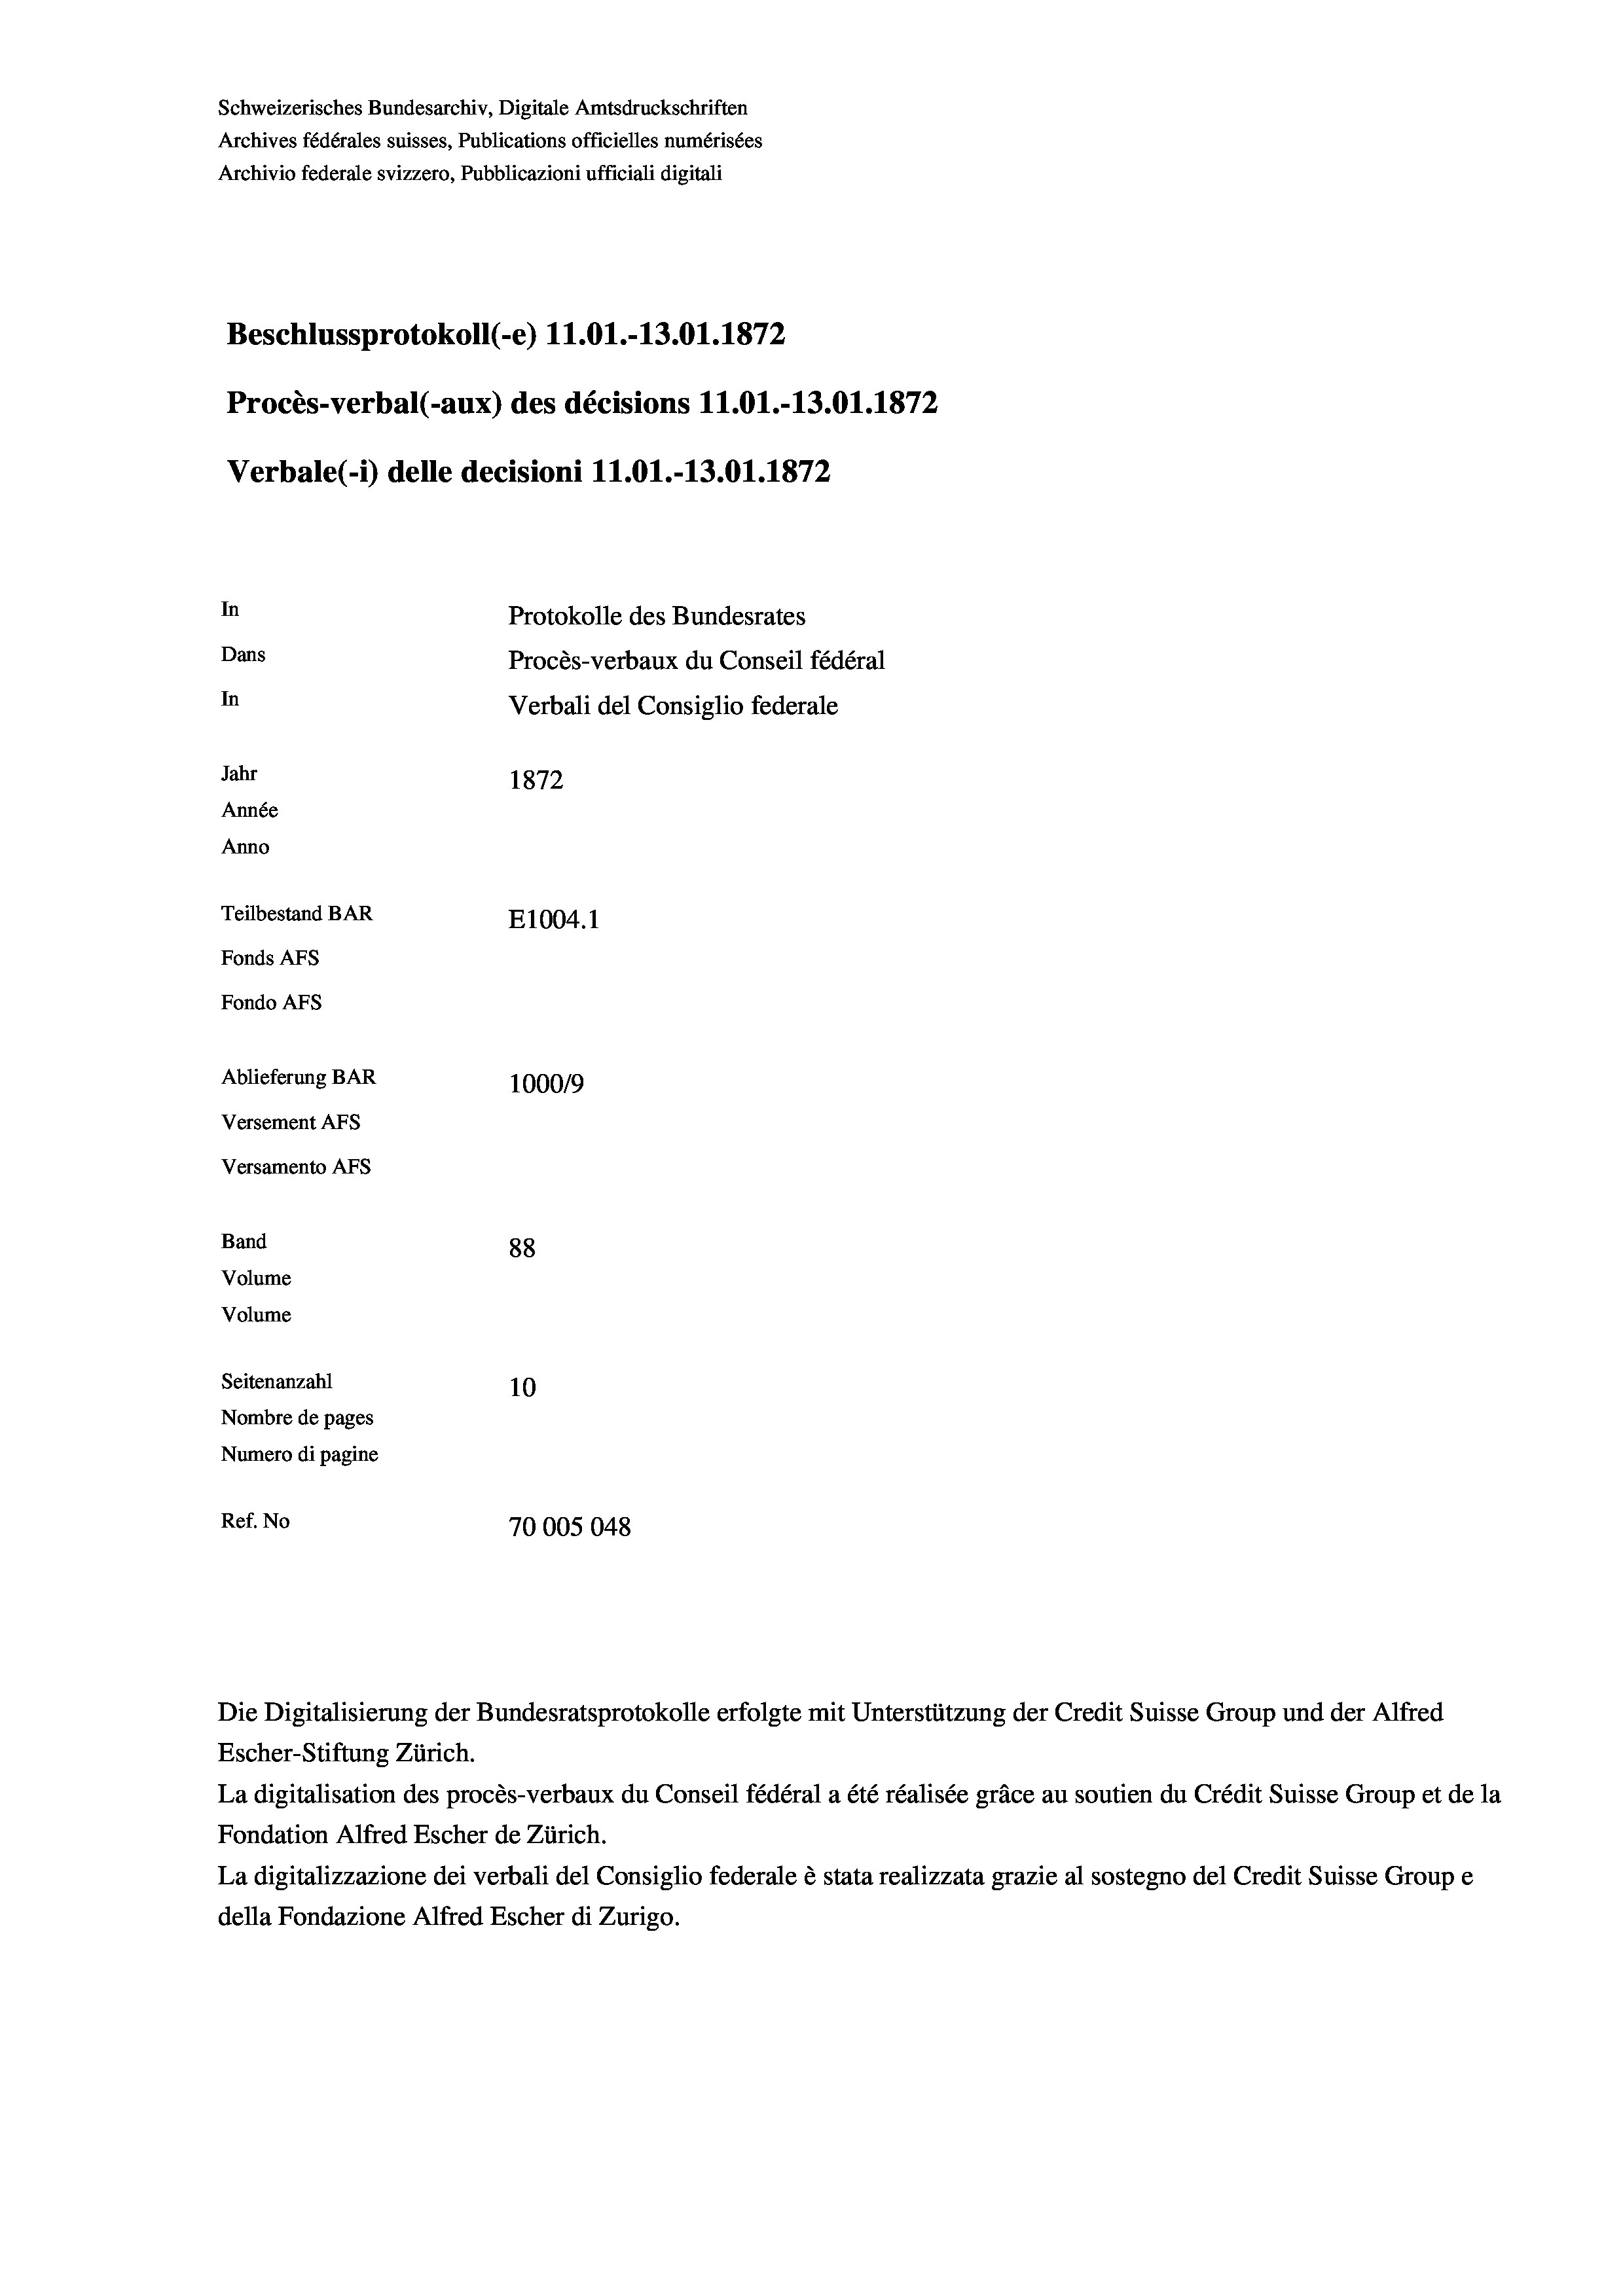
Schweizerisches Bundesarchiv, Digitale Amtsdruckschriften
Archives fédérales suisses, Publications officielles numérisées
Archivio federale svizzero, Pubblicazioni ufficiali digitali
Beschlussprotokoll (-e) 11.01.-13.01. 1872
Procès-verbal (-aux) des décisions 11.01.-13.01. 1872
Verbale(-*) delle decisioni 11.01.-13.01. 1872
In
Protokolle des Bundesrates
Dans
Procès-verbaux du Conseil fédéral
In
Verbali del Consiglio federale
Jahr
1872
Année
Anno
Teilbestand BAR
E1004. 1
Fonds AFs
Fondo AFS
Ablieferung BAR
100019
Versement AFs
Versamento AFs
Band
88

Volume

Volume
Seitenanzahl
Ref. No

10
Nombre de pages
Numero di pagine
70005048

Die Digitalisierung der Bundesratsprotokolle erfolgte mit Unterstützung der Credit Suisse Group und der Alfred
Escher-Stiftung Zürich.
La digitalisation des procès-verbaux du Conseil fédéral a été réalisée gräce au soutien du Crédit Suisse Group et de la
Fondation Alfred Escher de Zürich.
La digitalizzazione dei verbali del Consiglio federale è stata realizzata grazie al sostegno del Credit Suisse Groupe
della Fondazione Alfred Escher di Zurigo.